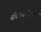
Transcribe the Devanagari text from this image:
संवेदनक्षीणता